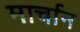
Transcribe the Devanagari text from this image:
मार्चान